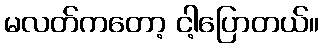
မလတ်ကတော့ ငါ့ပြောတယ်။